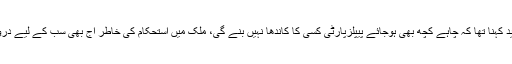
مولا بخش چانڈیو کا مزید کہنا تھا کہ چاہے کچھ بھی ہوجائے پیپلزپارٹی کسی کا کاندھا نہیں بنے گی، ملک میں استحکام کی خاطر آج بھی سب کے لیے دروازے کھولے ہوئے ہیں۔